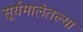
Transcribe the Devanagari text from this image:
सूर्यमालेतल्या